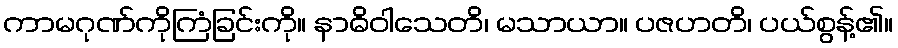
ကာမဂုဏ်ကိုကြံခြင်းကို။ နာဓိဝါသေတိ၊ မသာယာ။ ပဇဟတိ၊ ပယ်စွန့်၏။